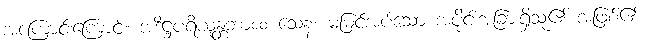
အကြောင်းကြောင့်။ အဒိဋ္ဌပရိယုန္တဘာ၀၀ သေန၊ မမြင်အပ်သော အပိုင်းအခြားရှိသူ၏ အဖြစ်၏